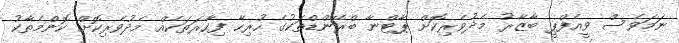
ނަމަވެސް ވީއެފްޕީ ބާޒާރު މެދުވެރިކޮށް ޕާޓްނާ ބްރޭންޑްތަކުގެ ހުރިހާ ފިހާރަތަކެއް މެދުވެރިކޮށް ކޮންމެތާކު